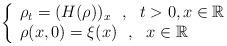
LaTeX: \begin{align*}\left\{ \begin{array}{ll} \rho_t=(H(\rho))_x ~~ , ~~ t>0, x \in \mathbb{R}\\ \rho(x,0)=\xi(x) ~~ , ~~x \in \mathbb{R} \end{array}\right.\end{align*}